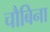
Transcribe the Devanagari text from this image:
चौबिना